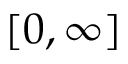
[ 0 , \infty ]